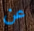
عن